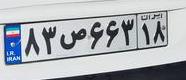
۸۳ص۶۶۳۱۸